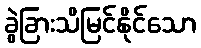
ခွဲခြားသိမြင်နိုင်သော